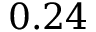
0 . 2 4